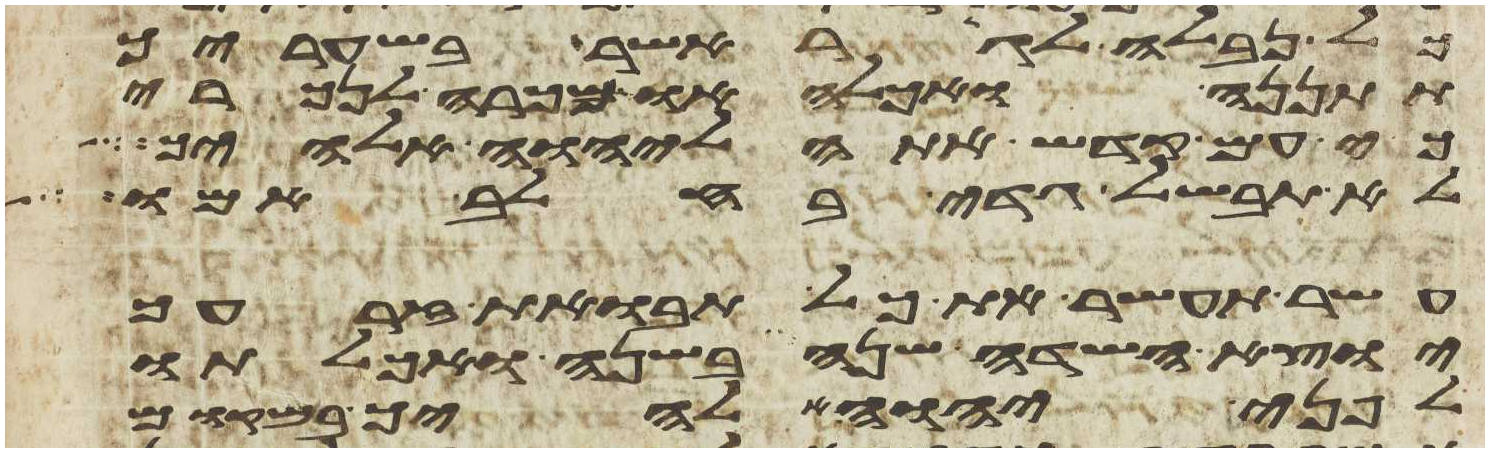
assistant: כל נבלה לגר אשר בשעריך
תתננה ואכלה או מכרה לנכרי
כי עם קדש אתה ליהוה אלהיך
לא תבשל גדי בחלב אמו
עשר תעשר את כל תבואת זרעך
יוצא השדה שנה בשנה ואכלתו
לפני יהוה אלהיך במקום